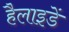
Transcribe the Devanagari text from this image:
हैलाइडें